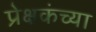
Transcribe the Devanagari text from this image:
प्रेक्षकंच्या